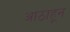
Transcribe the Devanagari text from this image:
आठाहून